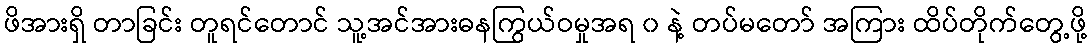
ဖိအားရှိ တာခြင်း တူရင်တောင် သူ့အင်အားဓနကြွယ်ဝမှုအရ ၀ နဲ့ တပ်မတော် အကြား ထိပ်တိုက်တွေ့ဖို့